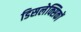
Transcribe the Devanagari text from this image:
डिसलेक्सिकों